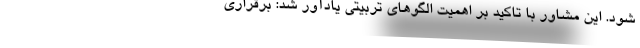
شود. این مشاور با تاکید بر اهمیت الگوهای تربیتی یادآور شد: برقراری